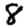
Digit: 8